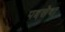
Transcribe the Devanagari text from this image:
पदसेवा